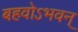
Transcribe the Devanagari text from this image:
बहवोऽभवन्